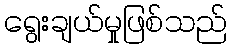
ရွေးချယ်မှုဖြစ်သည်